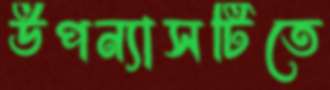
উপন্যাসটিতে